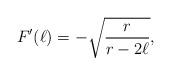
LaTeX: \begin{align*} F'(\ell)=-\sqrt{\frac{r}{r-2\ell}}, \end{align*}